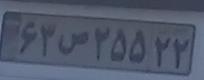
۶۳ص۲۵۵۲۲